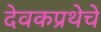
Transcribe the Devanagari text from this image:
देवकप्रथेचे